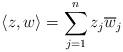
LaTeX: \begin{align*}\langle z, w\rangle=\sum\limits_{j=1}^nz_j\overline{w}_j\end{align*}